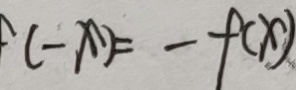
( - x ) = - f ( x )